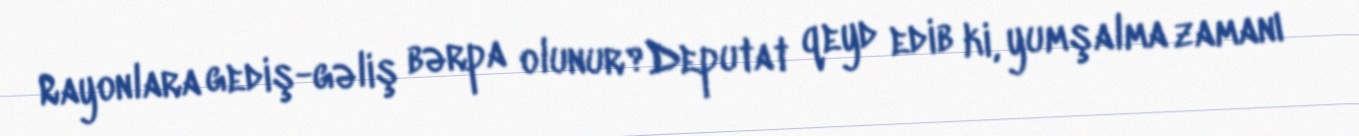
Rayonlara gediş-gəliş bərpa olunur?Deputat qeyd edib ki, yumşalma zamanı